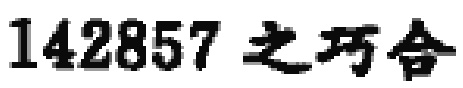
$142857$ 之巧合